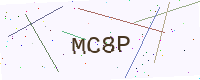
Text: MC8P